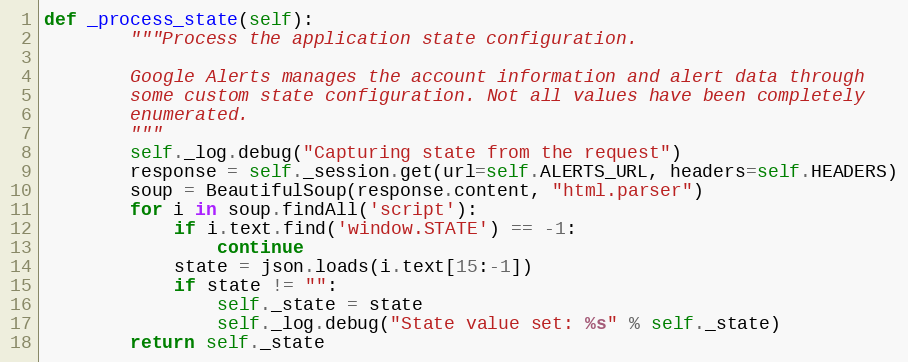
Language: Python
def _process_state(self):
        """Process the application state configuration.

        Google Alerts manages the account information and alert data through
        some custom state configuration. Not all values have been completely
        enumerated.
        """
        self._log.debug("Capturing state from the request")
        response = self._session.get(url=self.ALERTS_URL, headers=self.HEADERS)
        soup = BeautifulSoup(response.content, "html.parser")
        for i in soup.findAll('script'):
            if i.text.find('window.STATE') == -1:
                continue
            state = json.loads(i.text[15:-1])
            if state != "":
                self._state = state
                self._log.debug("State value set: %s" % self._state)
        return self._state